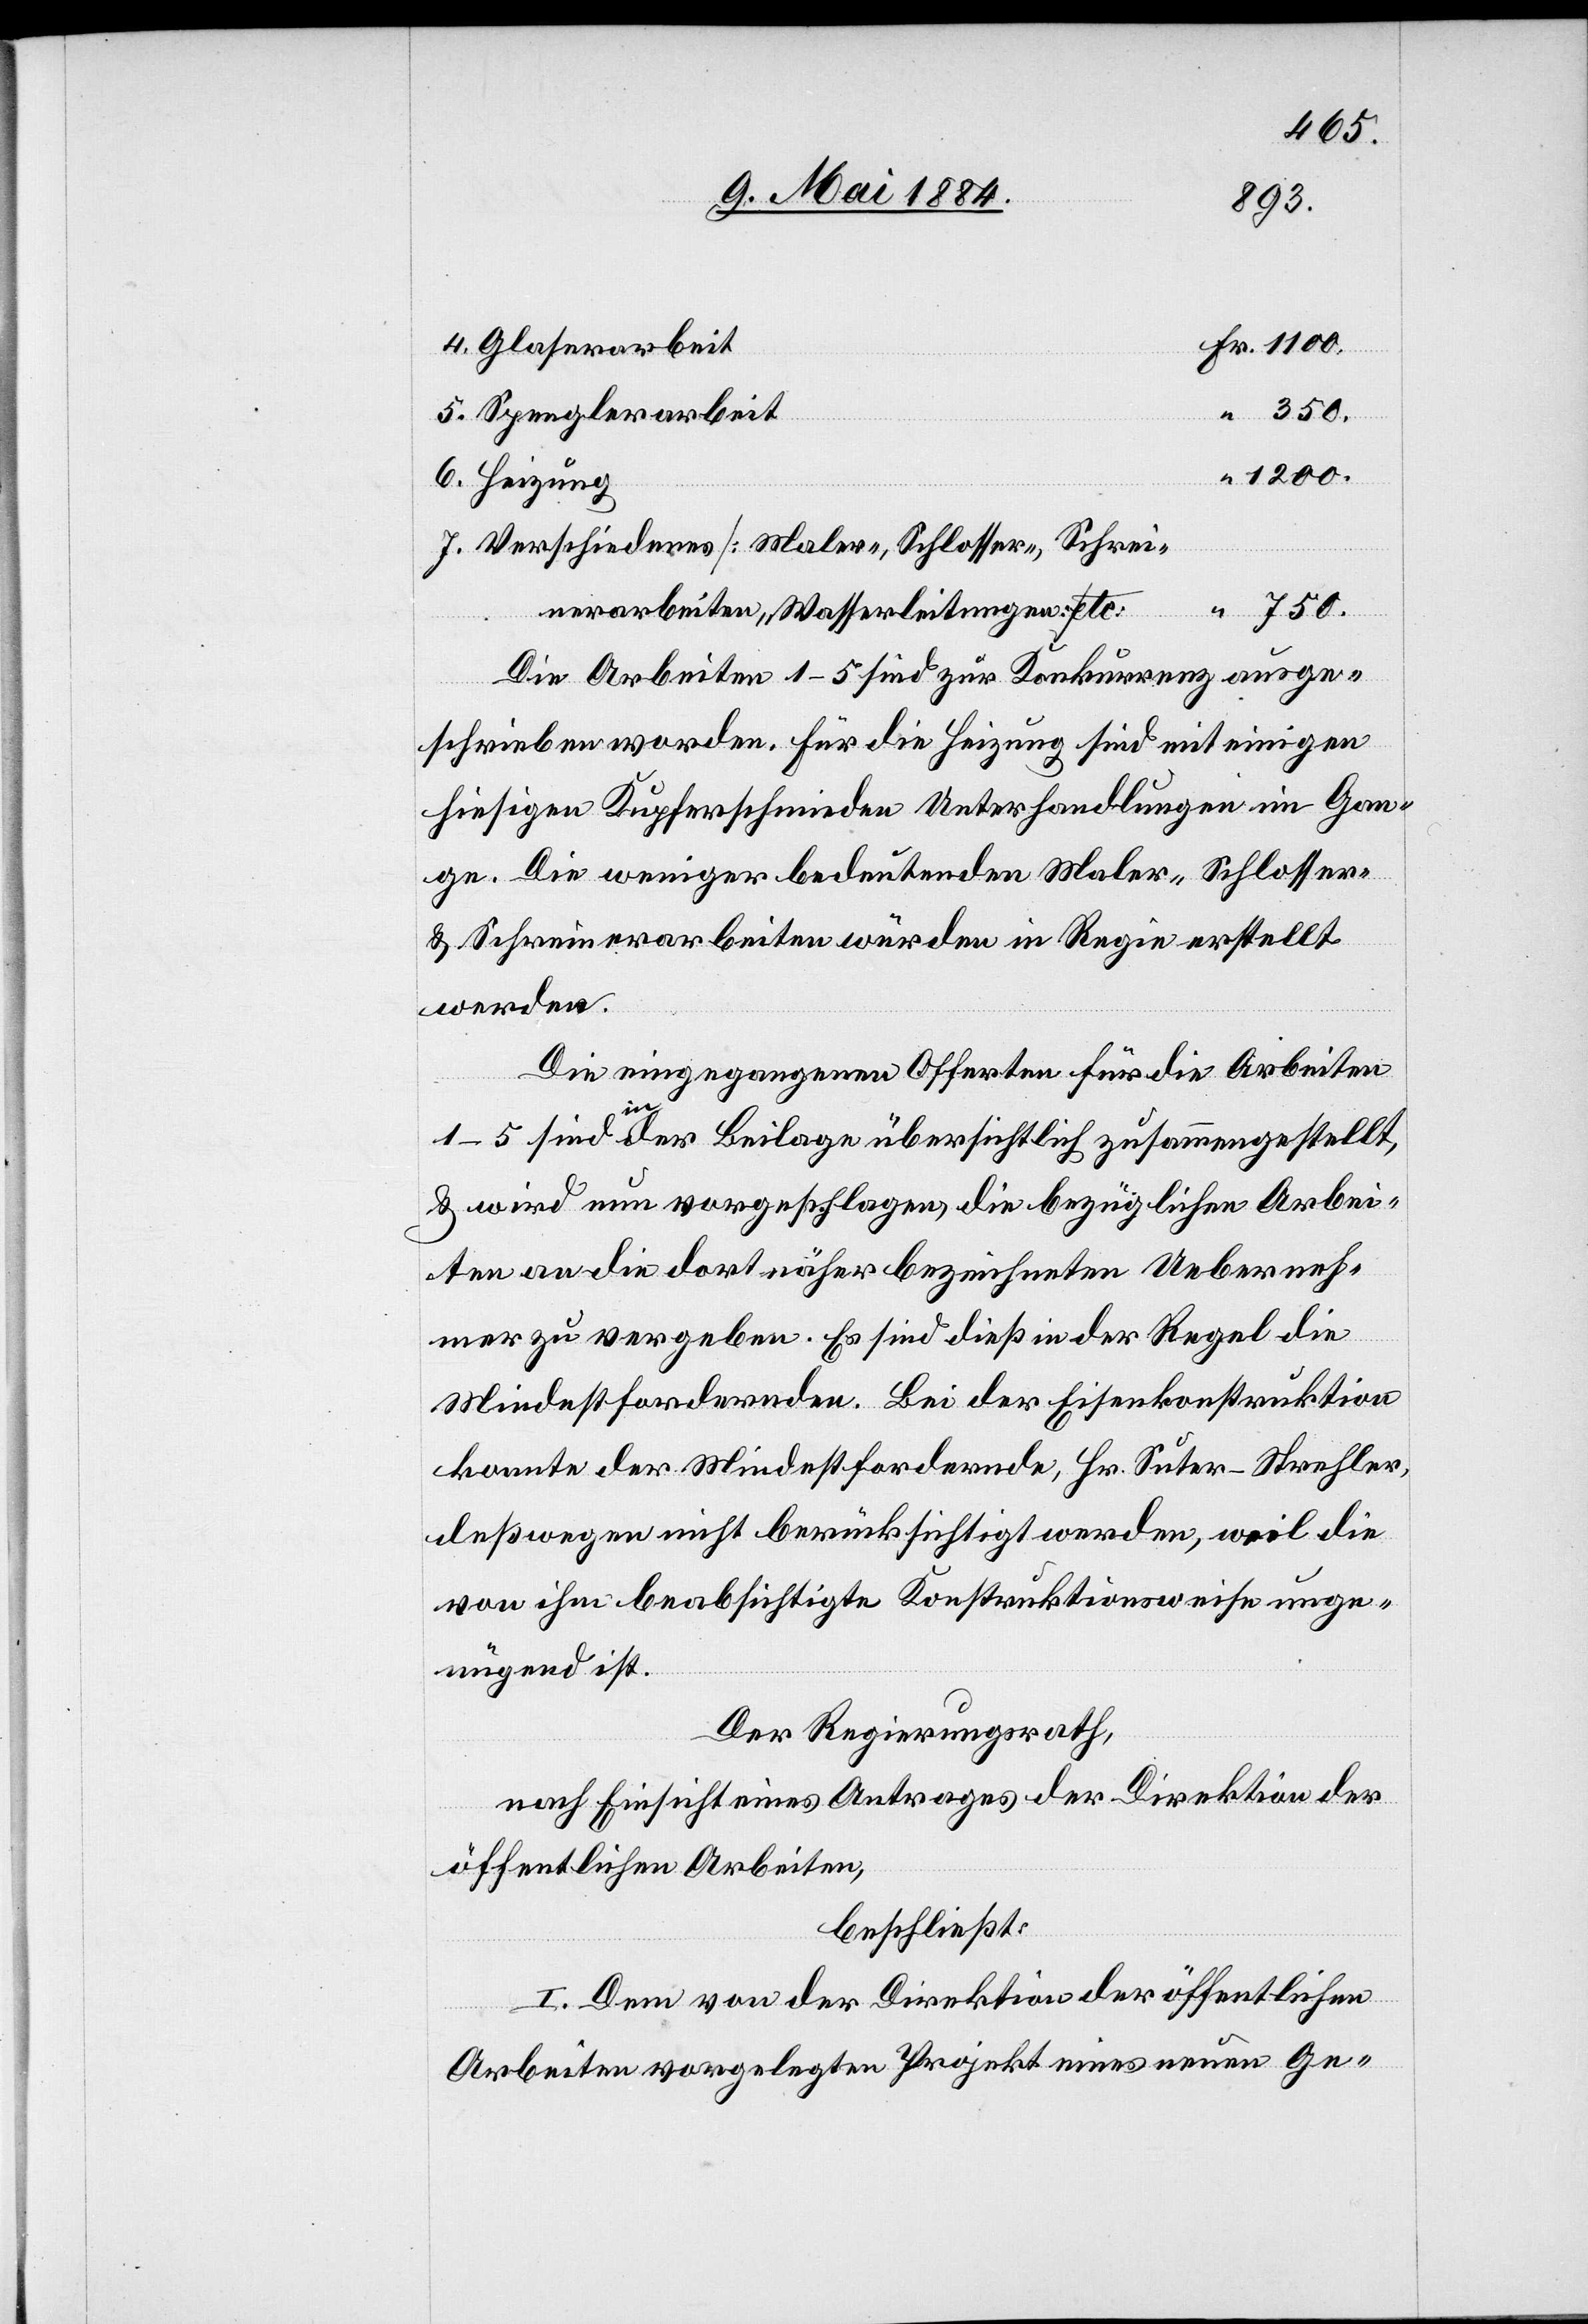
4. Glaserarbeit
5. Spenglerarbeit
1200.
6. Heizung
7. Verschiedenes [Maler-, Schlosser-, Schrei¬
nerarbeiten, Wasserleitungen etc.]
750.
Die Arbeiten 1–5 sind zur Konkurrenz ausge¬
“
schrieben worden. Für die Heizung sind mit einigen
hiesigen Kupferschmieden Unterhandlungen im Gan¬
ge. Die weniger bedeutenden Maler-, Schlosser-
& Schreiberarbeiten würden in Regie erstellt
werden.
Die eingegangenen Offerten für die Arbeiten
1–5 sind in der Beilage übersichtlich zusammengestellt,
& wird nun vorgeschlagen, die bezüglichen Arbei¬
ten an die dort näher bezeichneten Ueberneh¬
mer zu vergeben. Es sind dieß in der Regel die
Mindestfordernden. Bei der Eisenkonstruktion
konnte der Mindestfordernde, Hr. Suter-Strehler,
deßwegen nicht berücksichtigt werden, weil die
von ihm beabsichtigte Konstruktionsweise unge¬
nügend ist.
Der Regierungsrath,
nach Einsicht eines Antrages der Direktion der
öffentlichen Arbeiten,
beschließt:
I. Dem von der Direktion der öffentlichen
Arbeiten vorgelegten Projekt eines neuen Ge-